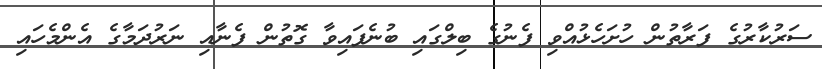
ސަރުކާރުގެ ފަރާތުން ހުށަހެޅުއްވި ފެނުގެ ބިލްގައި ބުނެފައިވާ ގޮތުން ފެނާއި ނަރުދަމާގެ އެންމެހައި